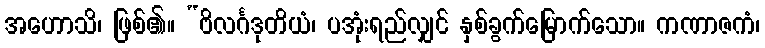
အဟောသိ၊ ဖြစ်၏။ “ဗိလင်္ဂဒုတိယံ၊ ပအုံးရည်လျှင် နှစ်ခွက်မြောက်သော။ ကဏာဇကံ၊